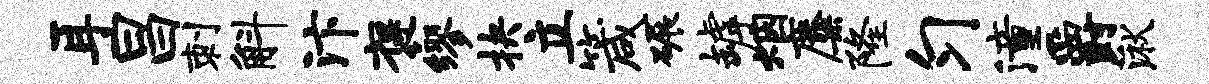
耳昌刺斛汴褒缪抉立箴碾罅烟麋隆匀潼爵湫